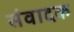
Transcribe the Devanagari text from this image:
संवादक